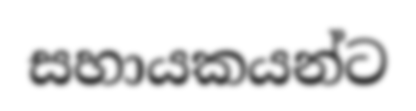
සහායකයන්ට